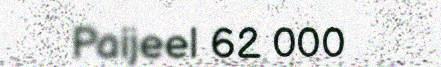
Paijeel 62 000